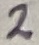
Text: 2